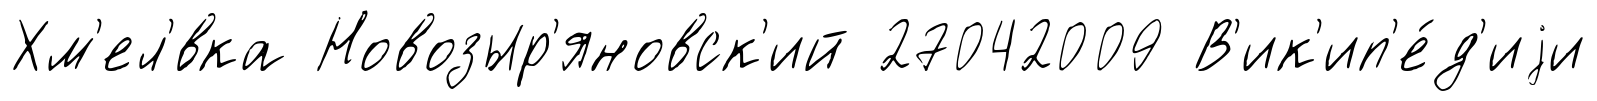
Хм'ел'́вка Новозыр'яновск'ий 27042009 В'ик'ип'е́д'иjи